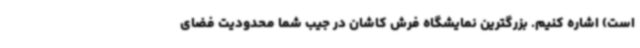
است) اشاره کنیم. بزرگترین نمایشگاه فرش کاشان در جیب شما محدودیت فضای